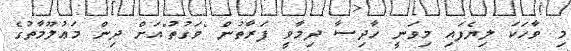
މި ވާހަކަ ލިޔެފައި މިވަނީ ހާދިސާ ދިމާވީ ފަރާތުން "ވަގުތު"އަށް ދިން މަޢުލޫމާތުގެ